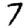
Digit: 7